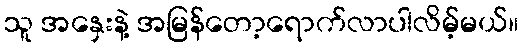
သူ အနှေးနဲ့ အမြန်တော့ရောက်လာပါလိမ့်မယ်။